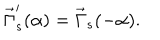
\vec { \Gamma } _ { s } ^ { \prime } ( \alpha ) = \vec { \Gamma } _ { s } ( - \alpha ) .